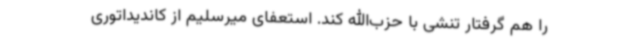
را هم گرفتار تنشی با حزب‌الله کند. استعفای میرسلیم از کاندیداتوری